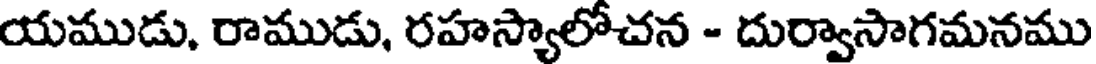
యముడు, రాముడు, రహస్యాలోచన - దుర్వాసాగమనము